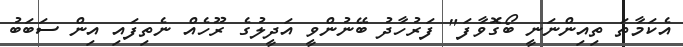
އެކަމާތަ ތިއިންނަނީ ބޯގޮވާފަ" ފަރުހާދު ބޭނުންވީ އަދީލުގެ ރޫހެއް ނެތިފައި އިން ސަބަބު